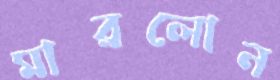
মারলোন